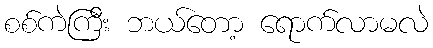
စစ်ကဲကြီး ဘယ်တော့ ရောက်လာမလဲ